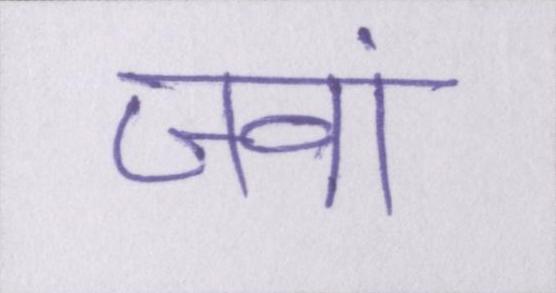
जवां